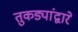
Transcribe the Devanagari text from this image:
तुकड्यांद्वारे